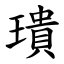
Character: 璝